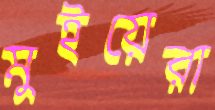
মুইয়েরা